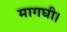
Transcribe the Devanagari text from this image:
मागघी।